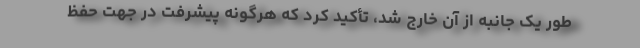
طور یک جانبه از آن خارج شد، تأکید کرد که هرگونه پیشرفت در جهت حفظ